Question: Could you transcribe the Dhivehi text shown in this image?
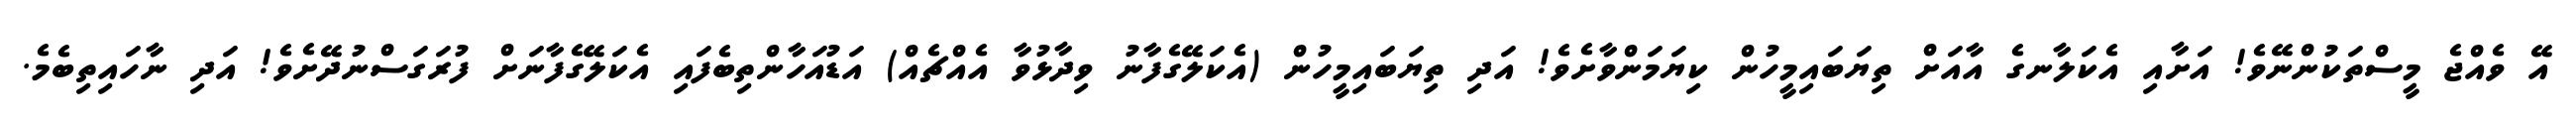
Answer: އޭ ވެއްޖެ މީސްތަކުންނޭވެ! އަށާއި އެކަލާނގެ އާއަށް ތިޔަބައިމީހުން ކިޔަމަންވާށެވެ! އަދި ތިޔަބައިމީހުން (އެކަލޭގެފާނު ވިދާޅުވާ އެއްޗެއް) އަޑުއަހާންތިބެފައި އެކަލޭގެފާނަށް ފުރަގަސްނުދޭށެވެ! އަދި ނާހައިތިބެމެ.